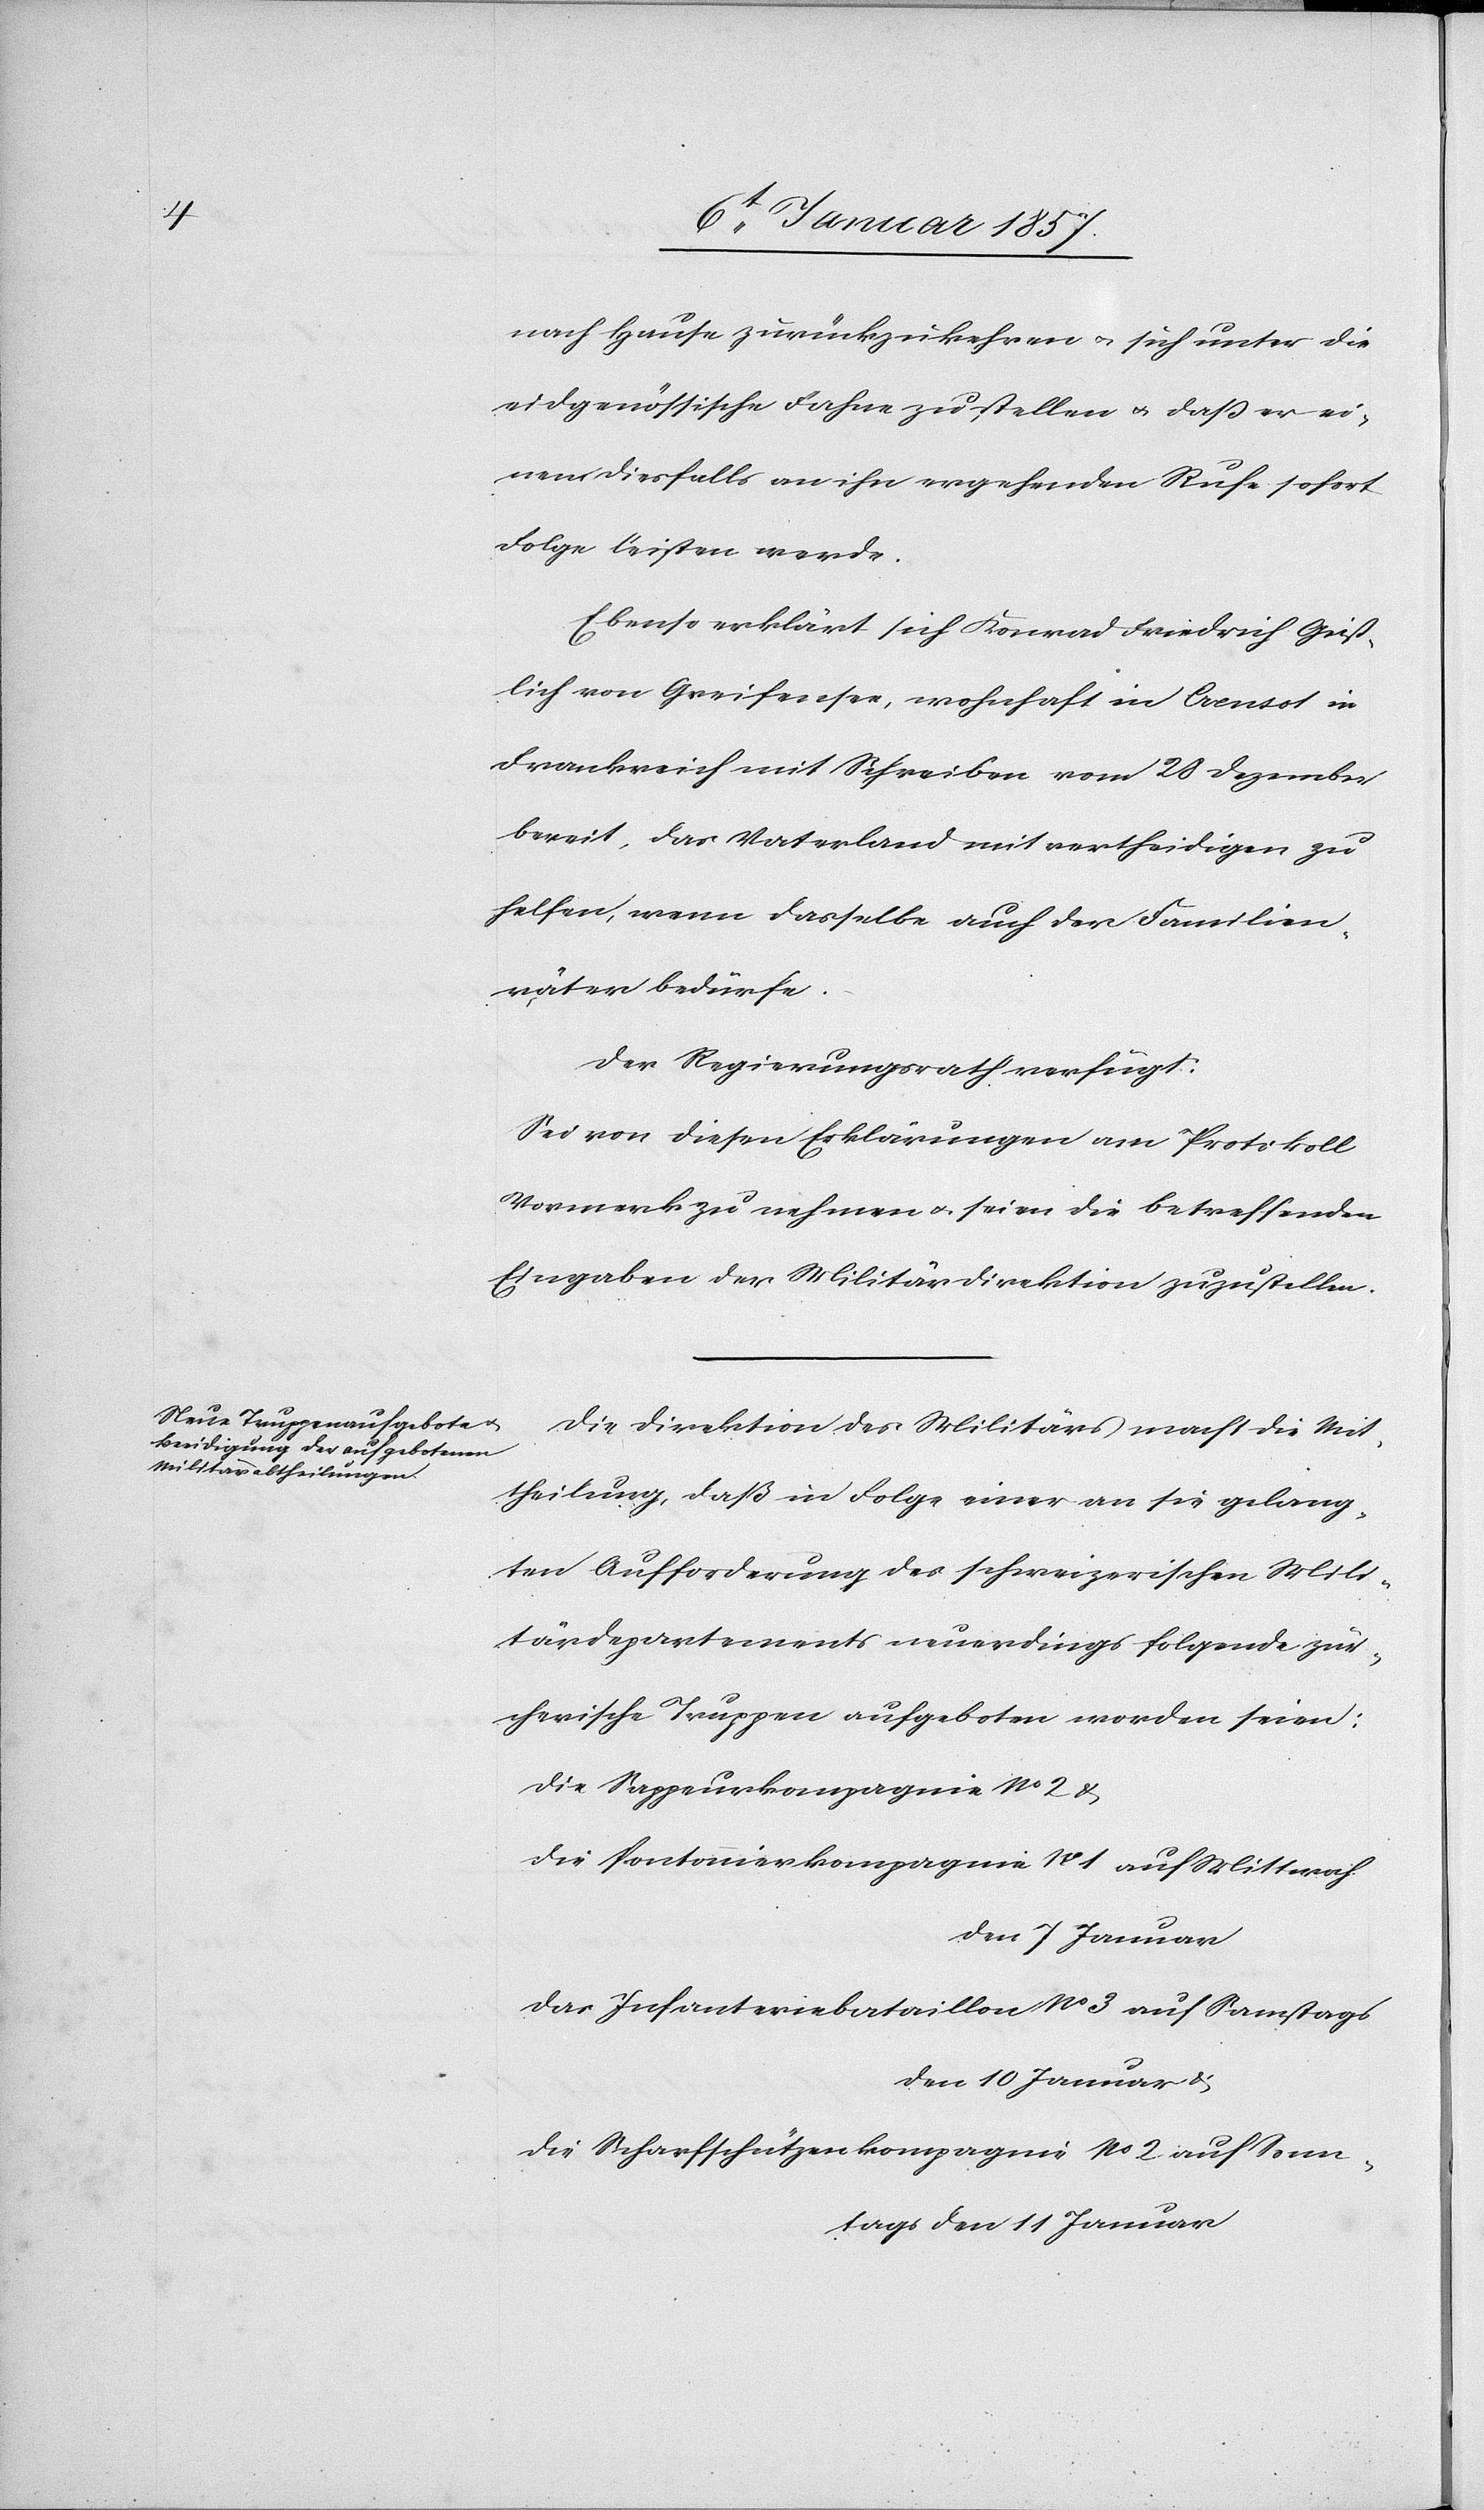
nach Hause zurückzukehren u. sich unter die
eidgenössische Fahne zu stellen u. daß er ei¬
nem diesfalls an ihn ergehenden Rufe sofort
Folge leisten werde.
Ebenso erklärt sich Konrad Friedrich Geist¬
lich von Greifensee, wohnhaft in Creusot in
Frankreich mit Schreiben vom 28 Dezember
bereit, das Vaterland mit vertheidigen zu
helfen, wenn dasselbe auch der Familien¬
väter bedürfe.
Der Regierungsrath verfügt:
Sei von diesen Erklärungen am Protokoll
Vormerk zu nehmen u. seien die betreffenden
Eingaben der Militärdirektion zuzustellen.
Die Direktion des Militärs macht die Mit¬
theilung, daß in Folge einer an sie gelang¬
ten Aufforderung des Schweizerischen Mili¬
tärdepartements neuerdings folgende zür¬
cherische Truppen aufgeboten werden seien:
die Sappeurkompagnie No 2 &
die Pontonierkompagnie No 1 auf Mittwoch
den 7 Januar
das Infanteriebataillon No 3 auf Samstag
den 10 Januar u.
die Scharfschützenkompagnie No 2 auf Sonn¬
tags den 11 Januar